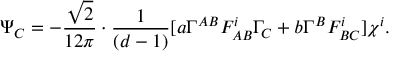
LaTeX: \Psi _ { C } = - \frac { \sqrt { 2 } } { 1 2 \pi } \cdot \frac { 1 } { ( d - 1 ) } [ a \Gamma ^ { A B } F _ { A B } ^ { i } \Gamma _ { C } + b \Gamma ^ { B } F _ { B C } ^ { i } ] \chi ^ { i } .